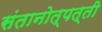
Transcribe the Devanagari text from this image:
संतानोत्पत्ती